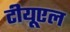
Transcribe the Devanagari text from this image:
टीयूएल